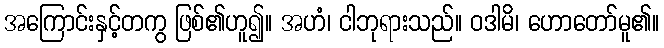
အကြောင်းနှင့်တကွ ဖြစ်၏ဟူ၍။ အဟံ၊ ငါဘုရားသည်။ ဝဒါမိ၊ ဟောတော်မူ၏။